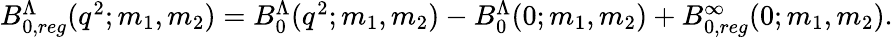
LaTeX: \begin{array}{r}{B_{0,reg}^{\Lambda}(q^{2};m_{1},m_{2})=B_{0}^{\Lambda}(q^{2};m_{1},m_{2})-B_{0}^{\Lambda}(0;m_{1},m_{2})+B_{0,reg}^{\infty}(0;m_{1},m_{2}).}\end{array}